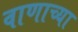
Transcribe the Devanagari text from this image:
वाणाच्या